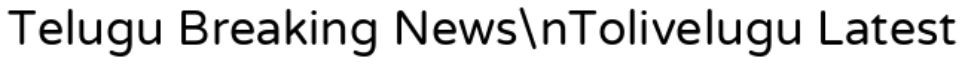
Telugu Breaking News\nTolivelugu Latest